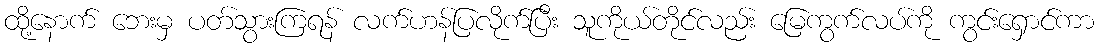
ထို့နောက် ဘေးမှ ပတ်သွားကြရန် လက်ဟန်ပြလိုက်ပြီး သူကိုယ်တိုင်လည်း မြေကွက်လပ်ကို ကွင်းရှောင်ကာ